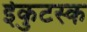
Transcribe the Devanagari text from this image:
ईकुटस्क